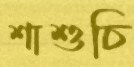
শাশুচি